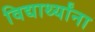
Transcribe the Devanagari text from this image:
विद्यार्थ्‍यांना